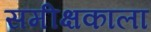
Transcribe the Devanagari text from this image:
समीक्षकाला